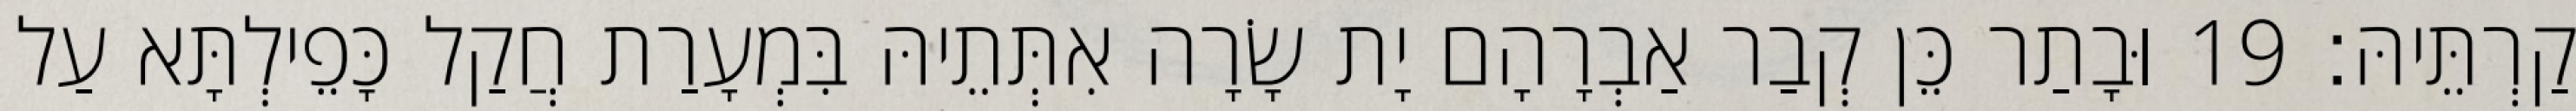
קַרְתֵּיהּ׃ 19 וּבָתַר כֵּן קְבַר אַבְרָהָם יָת שָׂרָה אִתְּתֵיהּ בִּמְעָרַת חֲקַל כָּפֵילְתָּא עַל